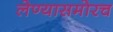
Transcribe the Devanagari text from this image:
लेण्यासमोरच